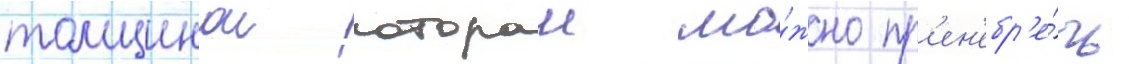
толщинои которои мо́жно пр'ен'ебр'е́чь